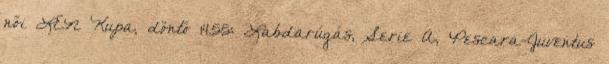
női LEN Kupa, döntő 14.55: Labdarúgás, Serie A, Pescara-Juventus